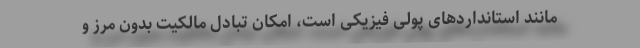
مانند استانداردهای پولی فیزیکی است، امکان تبادل مالکیت بدون مرز و